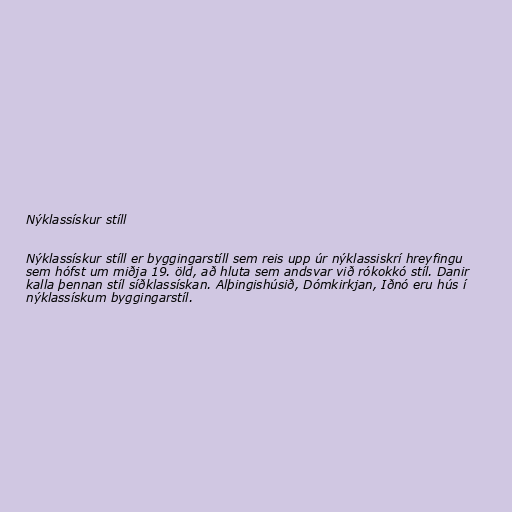
Nýklassískur stíll

Nýklassískur stíll er byggingarstíll sem reis upp úr nýklassiskrí hreyfingu
sem hófst um miðja 19. öld, að hluta sem andsvar við rókokkó stíl. Danir
kalla þennan stíl síðklassískan. Alþingishúsið, Dómkirkjan, Iðnó eru hús í
nýklassískum byggingarstíl.